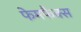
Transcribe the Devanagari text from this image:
फेमफैक्स